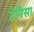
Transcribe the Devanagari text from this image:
टेनिसा